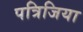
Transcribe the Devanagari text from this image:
पत्रिजिया